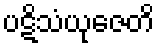
ပဋိသံယုဇေတိ